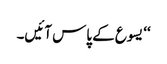
‘‘ یسوع کے پاس آئیں۔